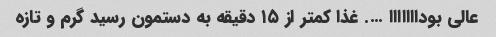
عالی بودااااااا …. غذا کمتر از ۱۵ دقیقه به دستمون رسید گرم‌ و تازه